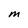
Character: M